Scottish Certificate of Education, 1963
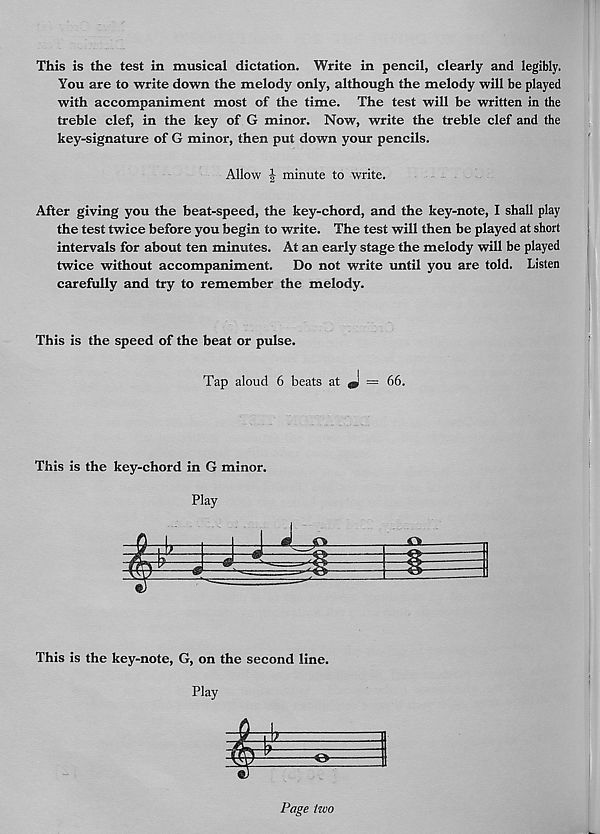
This is the test in musical dictation. Write in pencil, clearly and legibly.
You are to write down the melody only, although the melody will be played
with accompaniment most of the time. The test will be written in the
treble clef, in the key of G minor. Now, write the treble clef and the
key-signature of G minor, then put down your pencils.
Allow | minute to write.
After giving you the beat-speed, the key-chord, and the key-note, I shall play
the test twice before you begin to write. The test will then be played at short
intervals for about ten minutes. At an early stage the melody will be played
twice without accompaniment. Do not write until you are told. Listen
carefully and try to remember the melody.
This is the speed of the beat or pulse.
Tap aloud 6 beats at J = 66.
This is the key-chord in G minor.
Play
This is the key-note, G, on the second line.
Play
Page two